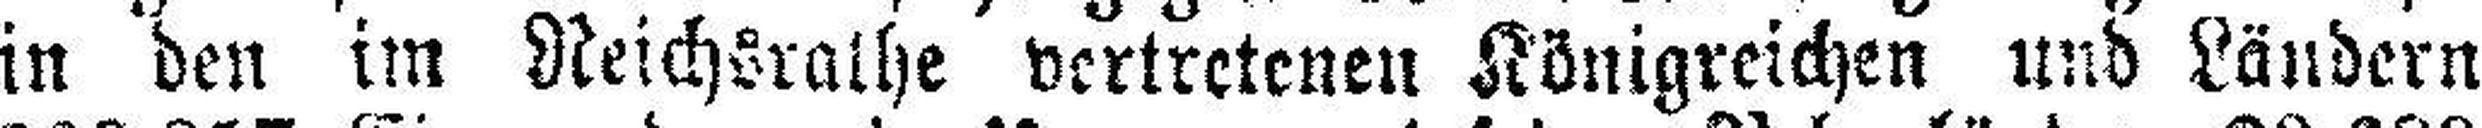
in den im Reichsrathe vertretenen Königreichen und Ländern